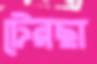
টেরছা